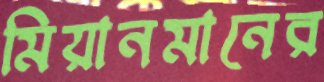
মিয়ানমানের